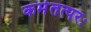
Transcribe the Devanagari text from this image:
कर्मतत्परः